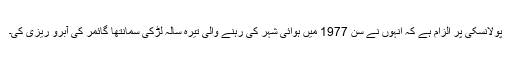
پولانسکی پر الزام ہے کہ انہوں نے سن 1977 میں ہوائی شہر کی رہنے والی تیرہ سالہ لڑکی َسمانتھا گائمر کی آبرو ریزی کی۔